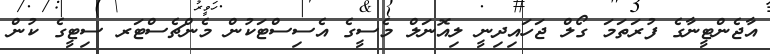
އާޖެންޓީނާގެ ފުރަތަމަ ގޯލް ޖަހައިދިނީ ލިއޮނަލް މެސީގެ އެސިސްޓަކުން މެންޗެސްޓަރ ސިޓީގެ ކުން